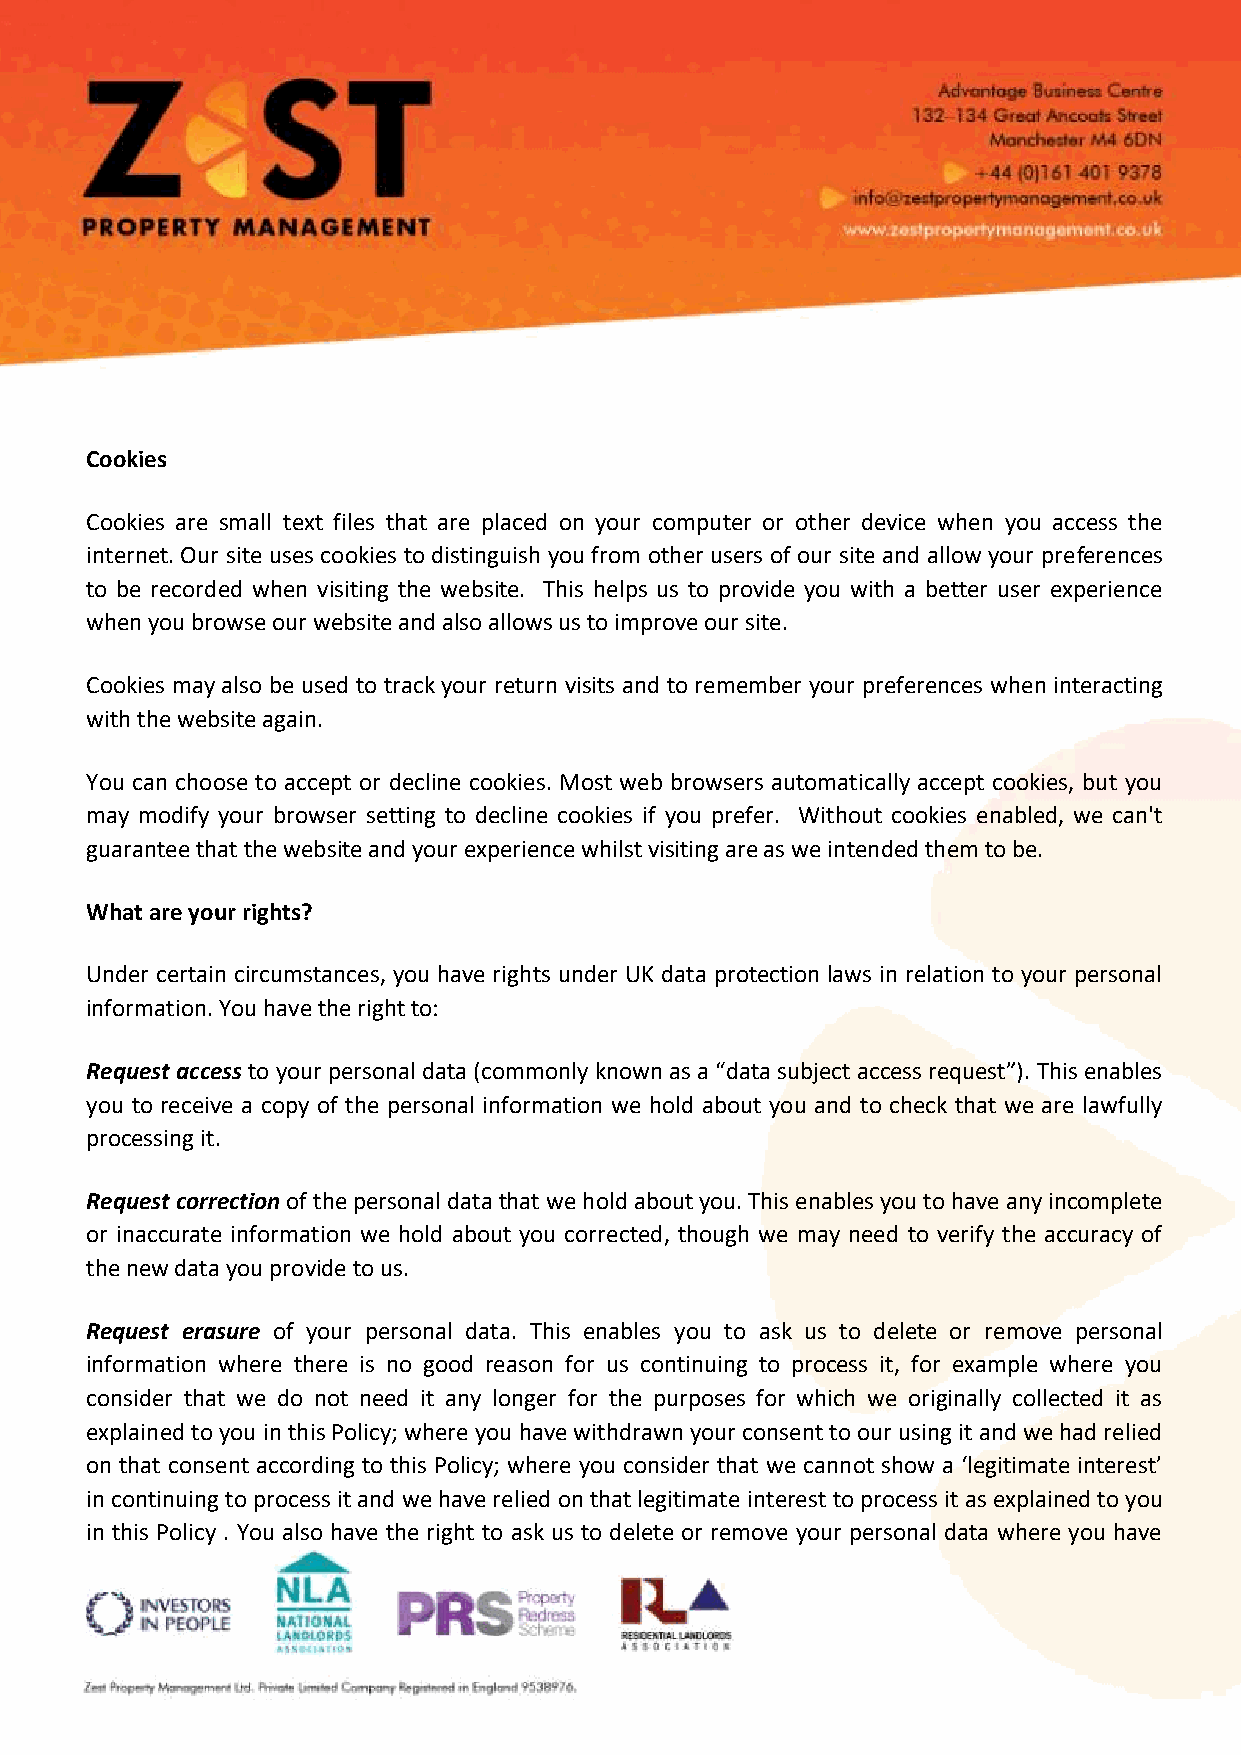
Cookies
 Cookies are small text files that are placed on your computer or other device when you access the
 internet. Our site uses cookies to distinguish you from other users of our site and allow your preferences
 to be recorded when visiting the website. This helps us to provide you with a better user experience
 when you browse our website and also allows us to improve our site.
 Cookies may also be used to track your return visits and to remember your preferences when interacting
 with the website again.
 You can choose to accept or decline cookies. Most web browsers automatically accept cookies, but you
 may modify your browser setting to decline cookies if you prefer. Without cookies enabled, we can't
 guarantee that the website and your experience whilst visiting are as we intended them to be.
 What are your rights?
 Under certain circumstances, you have rights under UK data protection laws in relation to your personal
 information. You have the right to:
 Request access to your personal data (commonly known as a “data subject access request”). This enables
 you to receive a copy of the personal information we hold about you and to check that we are lawfully
 processing it.
 Request correction of the personal data that we hold about you. This enables you to have any incomplete
 or inaccurate information we hold about you corrected, though we may need to verify the accuracy of
 the new data you provide to us.
 Request erasure of your personal data. This enables you to ask us to delete or remove personal
 information where there is no good reason for us continuing to process it, for example where you
 consider that we do not need it any longer for the purposes for which we originally collected it as
 explained to you in this Policy; where you have withdrawn your consent to our using it and we had relied
 on that consent according to this Policy; where you consider that we cannot show a ‘legitimate interest’
 in continuing to process it and we have relied on that legitimate interest to process it as explained to you
 in this Policy . You also have the right to ask us to delete or remove your personal data where you have